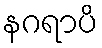
နဂရာပိ